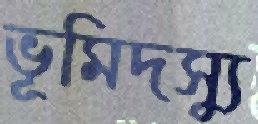
ভূমিদস্যু